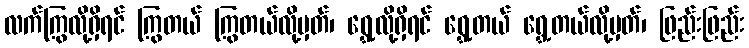
လက်ကြွလို့ရှိရင် ကြွတယ် ကြွတယ်လို့မှတ်၊ ရွှေ့လို့ရှိရင် ရွှေ့တယ် ရွှေ့တယ်လို့မှတ်၊ ဖြည်းဖြည်း